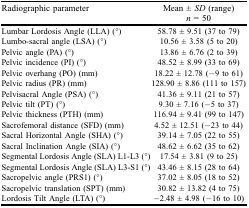
<table><thead><tr><td><b>Radiographic parameter</b></td><td><b>Mean ± <i>SD</i> (range) <i>n</i> = 50</b></td></tr></thead><tbody><tr><td>Lumbar Lordosis Angle (LLA) (°)</td><td>58.78 ± 9.51 (37 to 79)</td></tr><tr><td>Lumbo-sacral angle (LSA) (°)</td><td>10.56 ± 3.58 (5 to 20)</td></tr><tr><td>Pelvic angle (PA) (°)</td><td>13.86 ± 6.76 (2 to 39)</td></tr><tr><td>Pelvic incidence (PI) (°)</td><td>48.52 ± 8.99 (33 to 69)</td></tr><tr><td>Pelvic overhang (PO) (mm)</td><td>18.22 ± 12.78 (−9 to 61)</td></tr><tr><td>Pelvic radius (PR) (mm)</td><td>128.90 ± 8.86 (111 to 157)</td></tr><tr><td>Pelvisacral Angle (PSA) (°)</td><td>41.36 ± 9.11 (21 to 57)</td></tr><tr><td>Pelvic tilt (PT) (°)</td><td>9.30 ± 7.16 (−5 to 37)</td></tr><tr><td>Pelvic thickness (PTH) (mm)</td><td>116.94 ± 9.41 (99 to 147)</td></tr><tr><td>Sacrofemoral distance (SFD) (mm)</td><td>4.52 ± 12.51 (−23 to 44)</td></tr><tr><td>Sacral Horizontal Angle (SHA) (°)</td><td>39.14 ± 7.05 (22 to 55)</td></tr><tr><td>Sacral Inclination Angle (SIA) (°)</td><td>48.62 ± 6.62 (35 to 62)</td></tr><tr><td>Segmental Lordosis Angle (SLA) L1-L3 (°)</td><td>17.54 ± 3.81 (9 to 25)</td></tr><tr><td>Segmental Lordosis Angle (SLA) L3-S1 (°)</td><td>43.46 ± 8.15 (28 to 64)</td></tr><tr><td>Sacropelvic angle (PRS1) (°)</td><td>37.02 ± 8.05 (18 to 52)</td></tr><tr><td>Sacropelvic translation (SPT) (mm)</td><td>30.82 ± 13.82 (4 to 75)</td></tr><tr><td>Lordosis Tilt Angle (LTA) (°)</td><td>−2.48 ± 4.98 (−16 to 10)</td></tr></tbody></table>